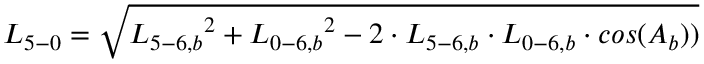
{ L _ { 5 - 0 } } = \sqrt { { L _ { 5 - 6 , b } } ^ { 2 } + { L _ { 0 - 6 , b } } ^ { 2 } - 2 \cdot { L _ { 5 - 6 , b } } \cdot { L _ { 0 - 6 , b } } \cdot c o s ( { A _ { b } } ) ) }